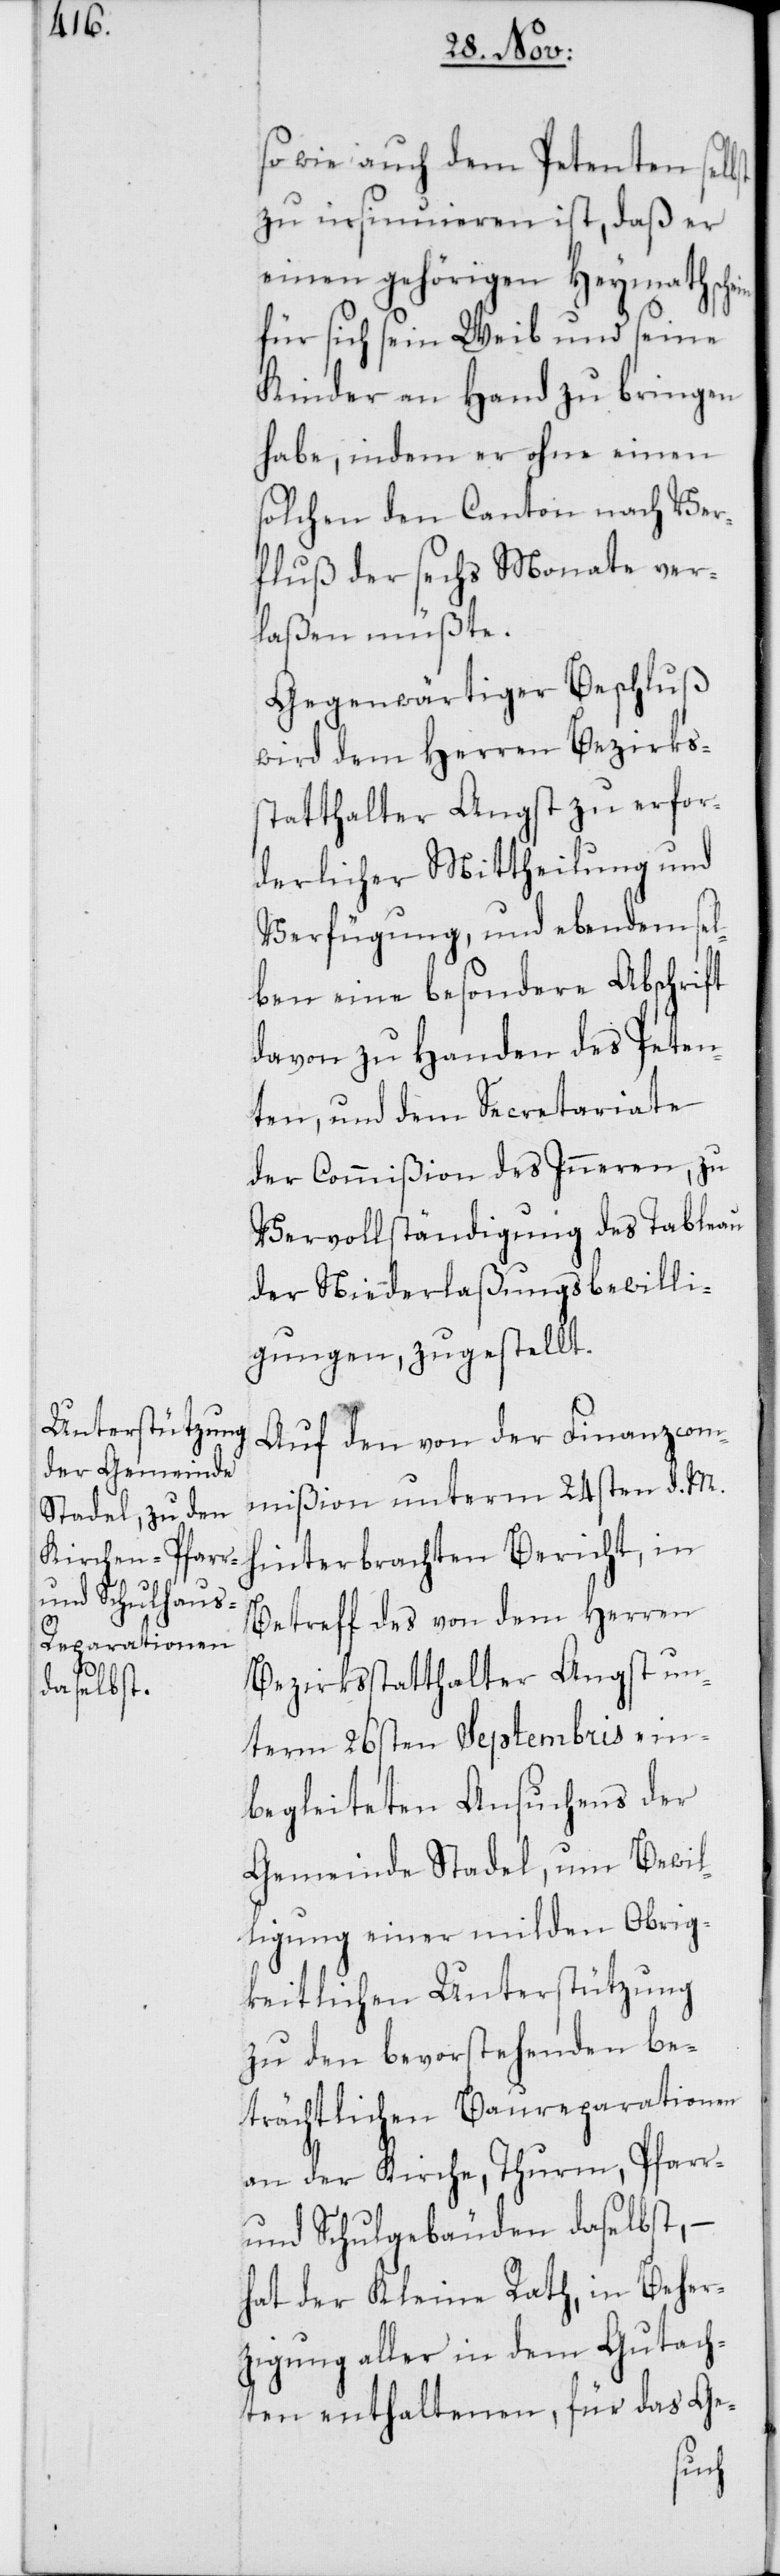
so wie auch dem Petenten selbst
zu insinuieren ist, daß er
einen gehörigen Heymathsch¬
Kinder an Hand zu bringen
habe, indem er ohne einen
solchen den Canton nach Ver¬
fluß der sechs Monate ver¬
laßen müßte.
Gegenwärtiger Beschluß
wird dem Herren Bezirks¬
statthalter Angst zu erfor¬
derlicher Mittheilung und
Verfügung, und ebendemsel¬
ben eine besondere Abschrift
davon zu Handen des Peten¬
ten, und dem Secretariate
der Commißion des Inneren, zu
Vervollständigung des Tableau
der Niederlaßungsbewilli¬
gungen, zugestellt.
Auf den von der Finanzcom¬
mißion unterm 24sten d. M.
hinterbrachten Bericht, in
Betreff des von dem Herren
Bezirksstatthalter Angst un¬
term 26sten Septembris ein¬
begleiteten Ansuchens der
Gemeinde Stadel, um Bewil¬
ligung einer milden Obrig¬
keitlichen Unterstützung
zu den bevorstehenden be¬
trächtlichen Baureparationen
an der Kirche, Thurm, Pfarr-
und Schulgebäuden daselbst, –
hat der Kleine Rath, in Beher¬
zigung aller in dem Gutach¬
ten enthaltenen, für das Ge-
seine